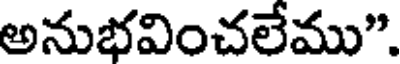
అనుభవించలేము".